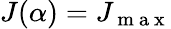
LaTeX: J(\alpha)=J_{\mathrm{~m~a~x~}}